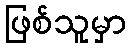
ဖြစ်သူမှာ